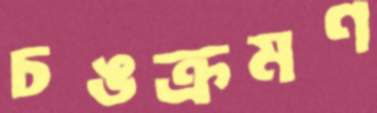
চঙক্রমণ